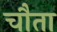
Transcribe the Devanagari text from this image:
चौता